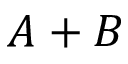
A + B